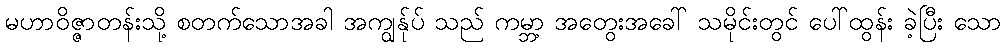
မဟာဝိဇ္ဇာတန်းသို့ စတက်သောအခါ အကျွန်ုပ် သည် ကမ္ဘာ့ အတွေးအခေါ် သမိုင်းတွင် ပေါ်ထွန်း ခဲ့ပြီး သော